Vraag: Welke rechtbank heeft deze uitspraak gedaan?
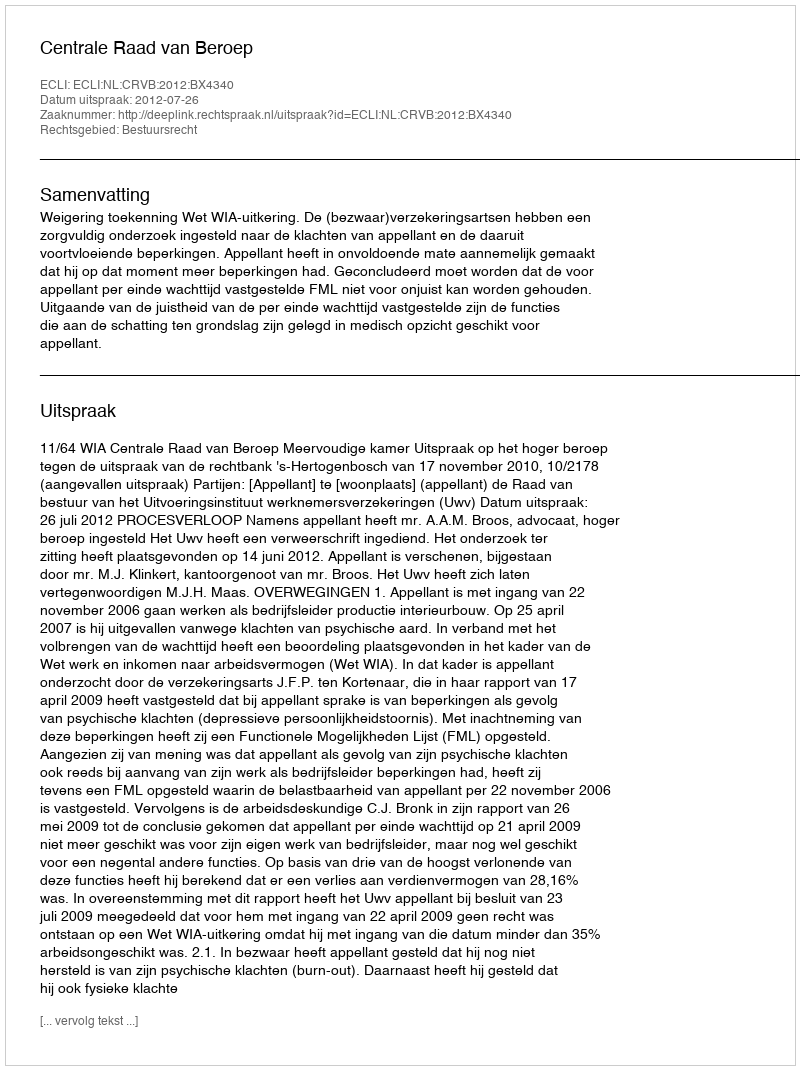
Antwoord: Centrale Raad van Beroep